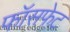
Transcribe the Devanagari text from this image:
फॉसफेट